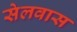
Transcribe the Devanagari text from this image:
सेलवास